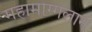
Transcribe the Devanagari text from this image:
महामोग्गलान